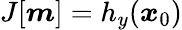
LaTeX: J[\boldsymbol{m}]=h_{y}(\boldsymbol{x}_{0})